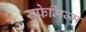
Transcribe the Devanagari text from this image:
युफेमिज्म